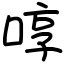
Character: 啍